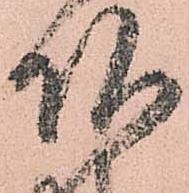
頂